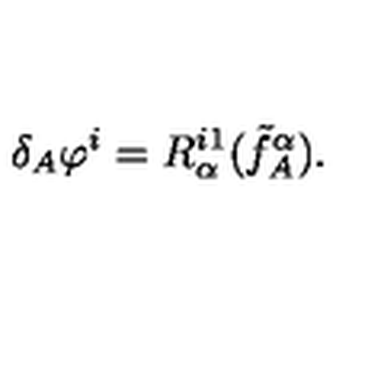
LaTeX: \delta _ { A } \varphi ^ { i } = R _ { \alpha } ^ { i 1 } ( \tilde { f } _ { A } ^ { \alpha } ) .